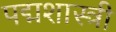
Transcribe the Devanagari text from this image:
पद्मशास्त्री